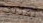
تعدني